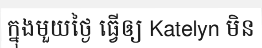
ក្នុងមួយថ្ងៃ ធ្វើឲ្យ Katelyn មិន